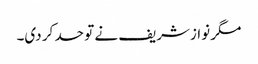
مگر نوازشریف نے تو حد کر دی۔